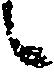
候